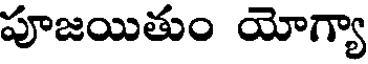
పూజయితుం యోగ్యా